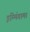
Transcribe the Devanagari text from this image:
इंम्मिंगाम।